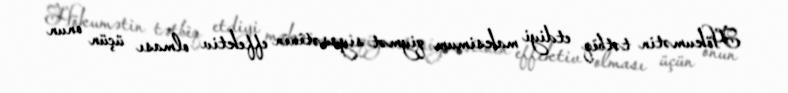
Hökumətin tətbiq etdiyi maksimum qiymət siyasətinin effektiv olması üçün onun